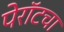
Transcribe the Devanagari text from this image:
पेरॉटचा